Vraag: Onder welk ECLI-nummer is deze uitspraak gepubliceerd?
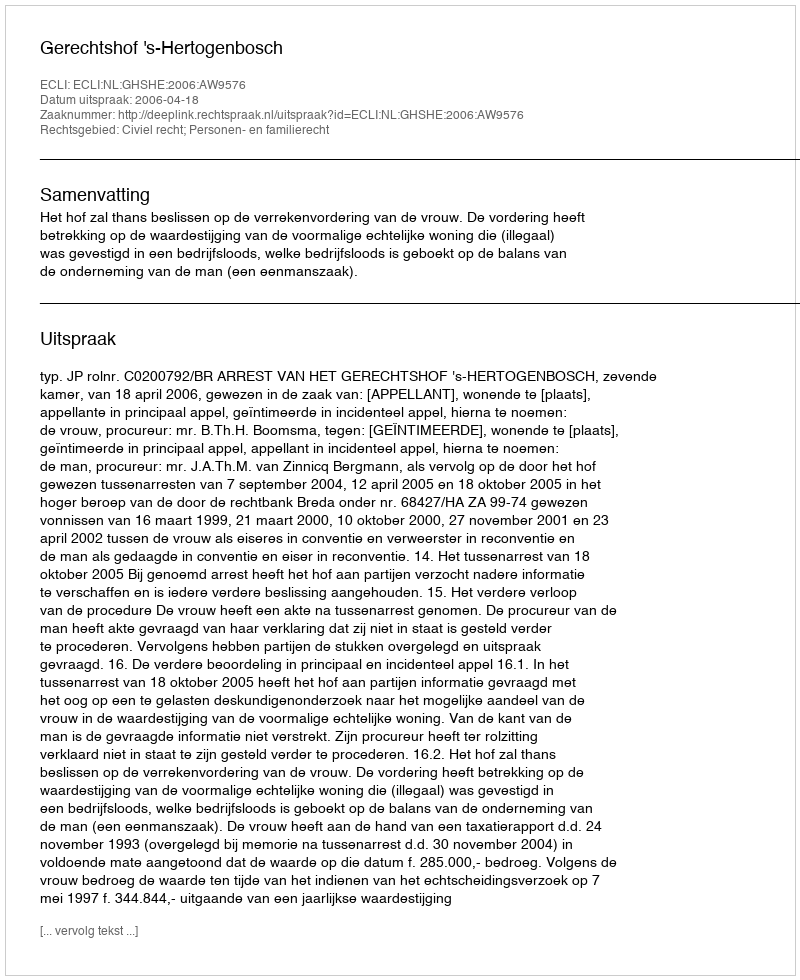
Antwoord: ECLI:NL:GHSHE:2006:AW9576